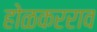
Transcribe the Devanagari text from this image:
होळकरराव